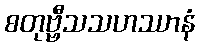
စတုဗ္ဗီသသဟဿာနံ